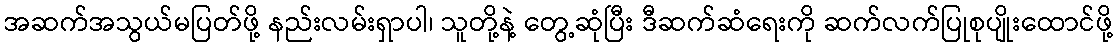
အဆက်အသွယ်မပြတ်ဖို့ နည်းလမ်းရှာပါ၊ သူတို့နဲ့ တွေ့ဆုံပြီး ဒီဆက်ဆံရေးကို ဆက်လက်ပြုစုပျိုးထောင်ဖို့